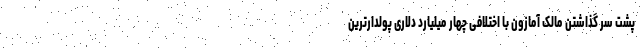
پشت سر گذاشتن مالک آمازون با اختلافی چهار میلیارد دلاری پولدارترین